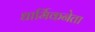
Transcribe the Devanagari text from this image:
धार्मिकनेता